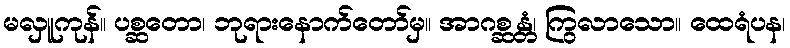
မလှူကုန်။ ပစ္ဆတော၊ ဘုရားနောက်တော်မှ။ အာဂစ္ဆန္တံ၊ ကြွလာသော။ ထေရံပန၊